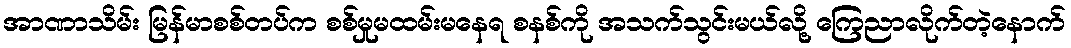
အာဏာသိမ်း မြန်မာစစ်တပ်က စစ်မှုမထမ်းမနေရ စနစ်ကို အသက်သွင်းမယ်လို့ ကြေညာလိုက်တဲ့နောက်